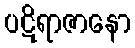
ပဋိရာဇာနော